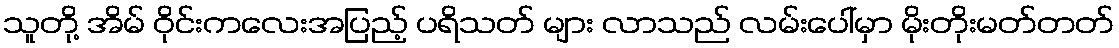
သူတို့ အိမ် ဝိုင်းကလေးအပြည့် ပရိသတ် များ လာသည် လမ်းပေါ်မှာ မိုးတိုးမတ်တတ်